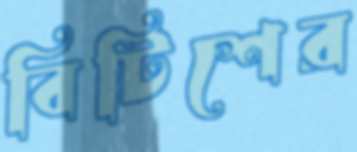
বিটিশের